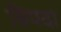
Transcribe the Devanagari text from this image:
बिपदा